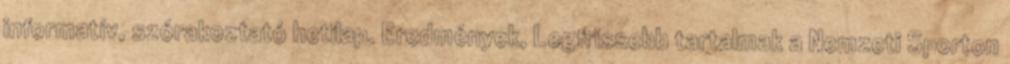
informatív, szórakoztató hetilap. Eredmények, Legfrissebb tartalmak a Nemzeti Sporton